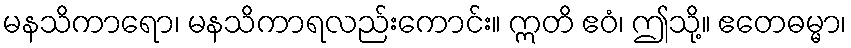
မနသိကာရော၊ မနသိကာရလည်းကောင်း။ ဣတိ ဧဝံ၊ ဤသို့။ ဧတေဓမ္မာ၊